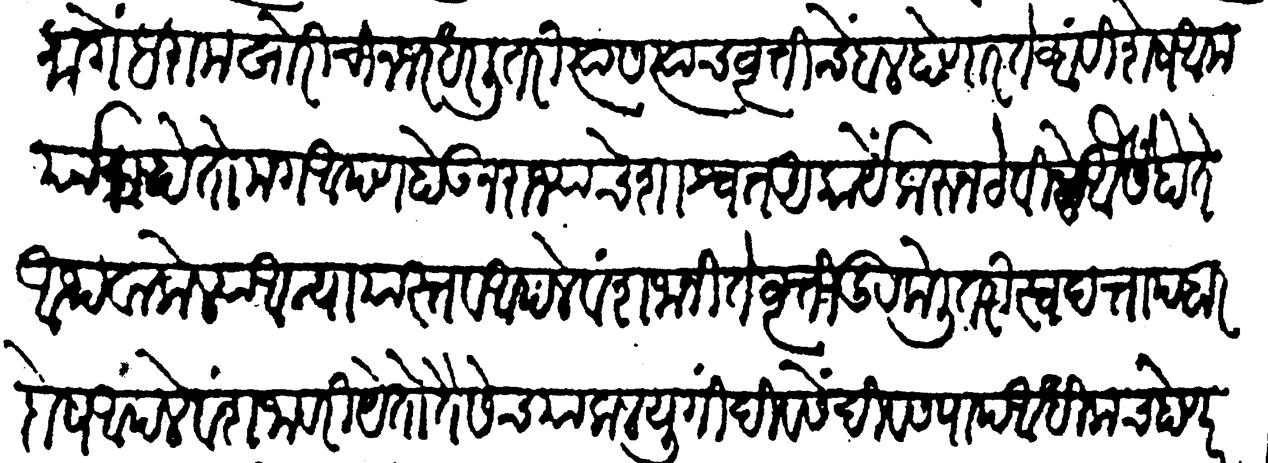
Transliteration (Devanagari): त्यांमागें हरामखोरीची नजर धरली तरी त्यास त्याच वृत्तीचें बल होणार तेव्हां विशेष अमर्याद होतो मग आपण होऊन राज्याचे शाश्वत अकार्ये करून ठेविलें यैसें होते अथवा केल्या अन्यायास्तव आपले वंशजांनी ते वृत्ति दूर केली तरी स्वदतापहार दोष आपले वंशजांवरी येतो तैसेंच या कलयुगीं दिवसेंदिवस पाप अधिकच होणार